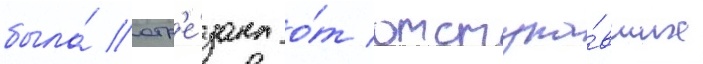
была́ отр'е́зана о́т отступа́вших